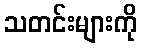
သတင်းများကို